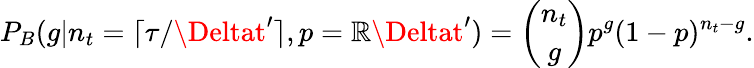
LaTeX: P_{B}(g|n_{t}=\lceil\tau/\Deltat^{\prime}\rceil,p=\mathbb{R}\Deltat^{\prime})=\binom{n_{t}}{g}p^{g}(1-p)^{n_{t}-g}.